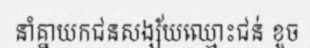
នាំគ្នាយកជនសង្ស័យឈ្មោះជន់ ខួច